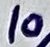
Text: 10